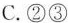
好宣传思想工作